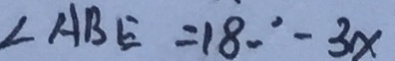
\angle A B E = 1 8 0 ^ { \circ } - 3 x